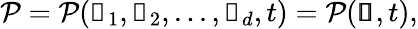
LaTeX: \begin{array}{r}{\mathcal{P}=\mathcal{P}(\mathscr{s}_{1},\mathscr{s}_{2},...,\mathscr{s}_{d},t)=\mathcal{P}(\pmb{\mathscr{s}},t),}\end{array}